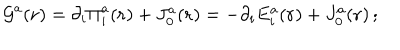
{ \cal { G } } ^ { a } ( { \bf { r } } ) = \partial _ { i } { \Pi } _ { i } ^ { a } ( { \bf { r } } ) + J _ { 0 } ^ { a } ( { \bf { r } } ) = - \partial _ { i } E _ { i } ^ { a } ( { \bf { r } } ) + J _ { 0 } ^ { a } ( { \bf { r } } ) \, ;